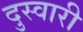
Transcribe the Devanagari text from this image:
दुस्वारी